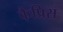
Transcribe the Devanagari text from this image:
कैप्रिस